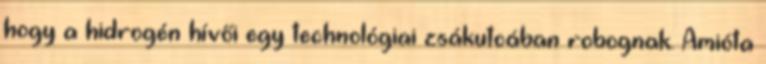
hogy a hidrogén hívői egy technológiai zsákutcában robognak. Amióta